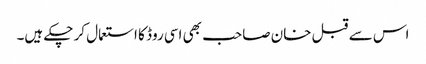
اس سے قبل خان صاحب بھی اسی روڈ کا استعمال کر چکے ہیں۔